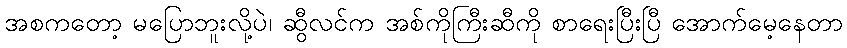
အစကတော့ မပြောဘူးလို့ပဲ၊ ဆွီလင်က အစ်ကိုကြီးဆီကို စာရေးပြီးပြီ အောက်မေ့နေတာ